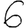
Digit: 6